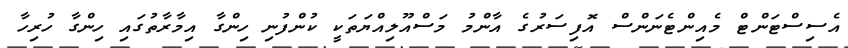
އެސިސްޓަންޓް މެއިންޓެނަންސް އޮފިސަރުގެ އާންމު މަސްއޫލިއްޔަތަކީ ކުންފުނި ހިންގާ އިމާރާތުގައި ހިންގާ ހުރިހާ